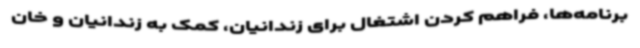
برنامه‌ها، فراهم کردن اشتغال برای زندانیان، کمک به زندانیان و خان